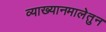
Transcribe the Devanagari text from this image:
व्याख्यानमालेतुन